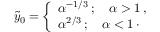
\begin{array} { r } { \tilde { y } _ { 0 } = \left\{ \begin{array} { l l } { \alpha ^ { - 1 / 3 } \, ; \quad \alpha > 1 \, , } & { } \\ { \alpha ^ { 2 / 3 } \, ; \quad \alpha < 1 \, \cdot } \end{array} \right. } \end{array}